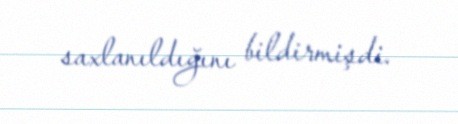
saxlanıldığını bildirmişdi.